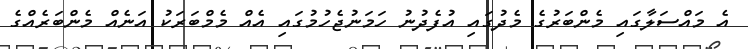
އެ މައްސަލާގައި މެންބަރުގެ މެދުގައި އުފެދުނު ހަމަނުޖެހުމުގައި އެއް މެމްބަރަކު އަނެއް މެންބަރެއްގެ